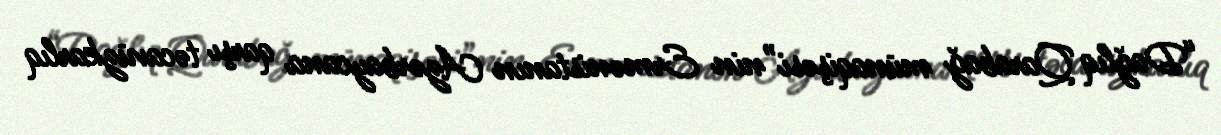
“Dağlıq Qarabağ münaqişəsi”nin Ermənistanın Azərbaycana qarşı təcavüzkarlıq